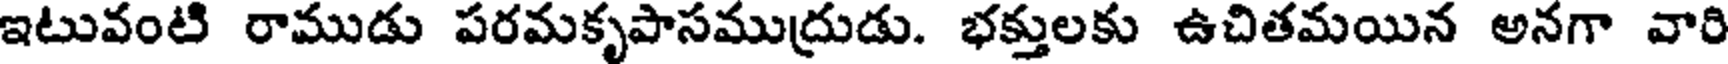
ఇటువంటి రాముడు పరమకృపాసముదుడు. భక్తులకు ఉచితమయిన అనగా వారి